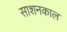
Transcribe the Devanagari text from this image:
साशनकाल